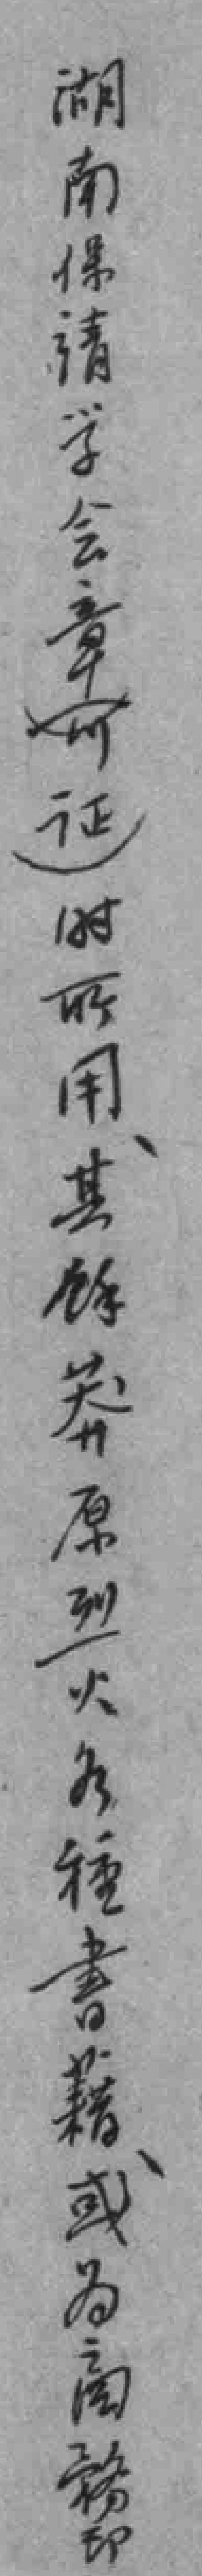
湖南保靖学会章可证）时所用其馀莽原烈火各種書藉或为商務印